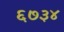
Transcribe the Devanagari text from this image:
६७३४